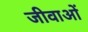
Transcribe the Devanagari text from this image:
जीवाओं